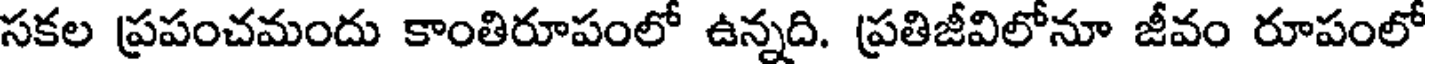
సకల ప్రపంచమందు కాంతిరూపంలో ఉన్నది. ప్రతిజీవిలోనూ జీవం రూపంలో